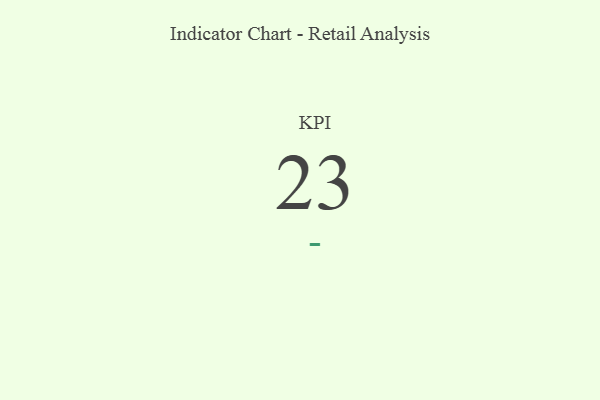
{"axis": {"x": "KPI", "y": "Value"}, "legend": [""], "data": [{"x": "KPI", "y": 23, "type": ""}]}